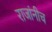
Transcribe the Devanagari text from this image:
राजांनीच